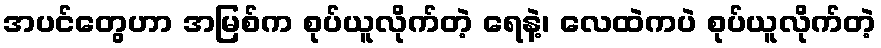
အပင်တွေဟာ အမြစ်က စုပ်ယူလိုက်တဲ့ ရေနဲ့၊ လေထဲကပဲ စုပ်ယူလိုက်တဲ့